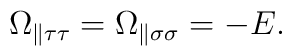
\Omega_{\parallel\tau\tau}=\Omega_{\parallel\sigma\sigma}=-E.